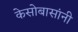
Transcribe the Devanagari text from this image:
केसोबासांनी